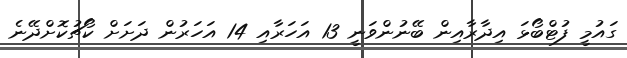
ގައުމީ ފުޓްބޯޅަ އިދާރާއިން ބޭނުންވަނީ 13 އަހަރާއި 14 އަހަރުން ދަށަށް ކޯޗުކޮށްދޭނެ